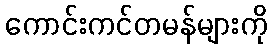
ကောင်းကင်တမန်များကို